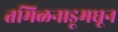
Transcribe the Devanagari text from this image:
तमिळनाडूमधून